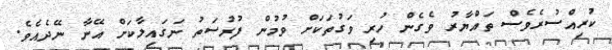
ކުރިއްސުރެވެސް ތައްޔާރު ވެގެން ހުރި ވަގުތަކަށް ވުމުން ފުރުސަތު ނަގައިލާކަށް އޭނާ ނޭދެއެވެ.